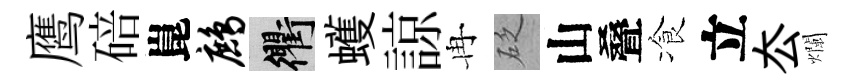
鹰碚崑鹧衢蠖諒冉砭山叠飡立厺爛